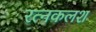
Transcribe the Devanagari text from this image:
रत्‍नकलश